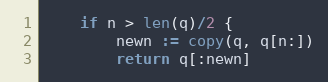
Language: Go
	if n > len(q)/2 {
		newn := copy(q, q[n:])
		return q[:newn]